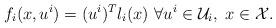
LaTeX: \begin{gather*}f_i(x,u^i) = (u^i)^Tl_i(x)\ \forall u^i \in \mathcal{U}_i, \ x \in \mathcal{X}.\end{gather*}